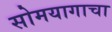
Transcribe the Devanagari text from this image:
सोमयागाचा